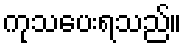
ကုသပေးရသည်။